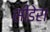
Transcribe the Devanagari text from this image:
सीडेरा